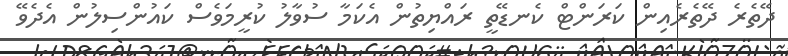
ދޭތެރެ ދޭތެރެއިން ކަރަންޓް ކެނޑޭތީ ރައްޔިތުން އެކަމާ ސުވާލު ކުރީމަވެސް ކައުންސިލުން އެދެވޭ